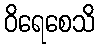
ဝိရေစေသိ